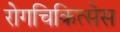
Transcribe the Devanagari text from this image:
रोगचिकित्सेस